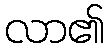
လာ၏